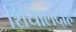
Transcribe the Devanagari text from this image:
शियालदाह